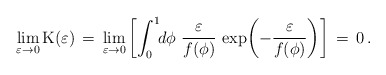
\begin{align*}\lim_{\varepsilon\to 0} {\rm K}(\varepsilon) \,=\, \lim_{\varepsilon\to 0}\left[\int_0^1\!\!d\phi\,\,\frac{ \varepsilon}{f(\phi)}\, \exp{\!\left(-\frac{\varepsilon}{f(\phi)}\right)}\right] \,=\, 0\,.\end{align*}